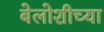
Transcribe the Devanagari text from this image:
बेलोशीच्या